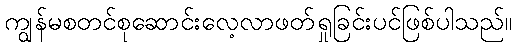
ကျွန်မစတင်စုဆောင်းလေ့လာဖတ်ရှုခြင်းပင်ဖြစ်ပါသည်။